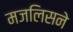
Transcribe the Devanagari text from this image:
मजलिसने